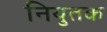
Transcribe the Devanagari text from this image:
नियुतक